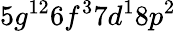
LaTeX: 5g^{12}6f^{3}7d^{1}8p^{2}